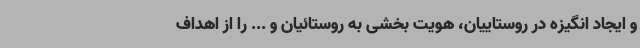
و ایجاد انگیزه در روستاییان، هویت بخشی به روستائیان و ... را از اهداف